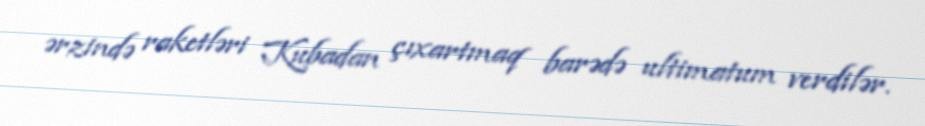
ərzində raketləri Kubadan çıxartmaq barədə ultimatum verdilər.